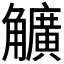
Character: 𧥌